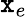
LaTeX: \mathtt{x}_{e}